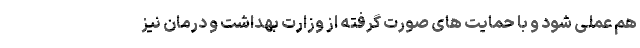
هم عملی شود و با حمایت های صورت گرفته از وزارت بهداشت و درمان نیز